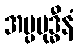
အပ္ပဗုဒ္ဓီနံ